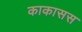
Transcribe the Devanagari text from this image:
काकासस